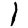
Digit: 1